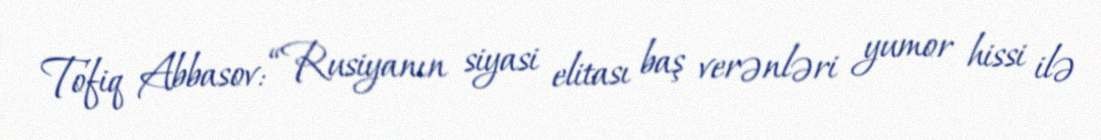
Tofiq Abbasov: “Rusiyanın siyasi elitası baş verənləri yumor hissi ilə